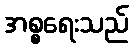
အစ္စရေးသည်